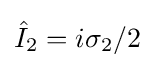
{\hat {I}}_{2}=i\sigma _{2}/2